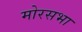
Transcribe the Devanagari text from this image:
मोरसभा